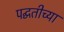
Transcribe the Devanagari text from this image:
पद्घतीच्या